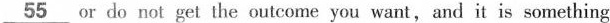
\underline{55}or do not get the outcome you want, and it is something